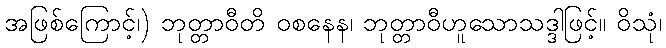
အဖြစ်ကြောင့်၊) ဘုတ္တာဝီတိ ဝစနေန၊ ဘုတ္တာဝီဟူသောသဒ္ဒါဖြင့်။ ဝိသုံ၊